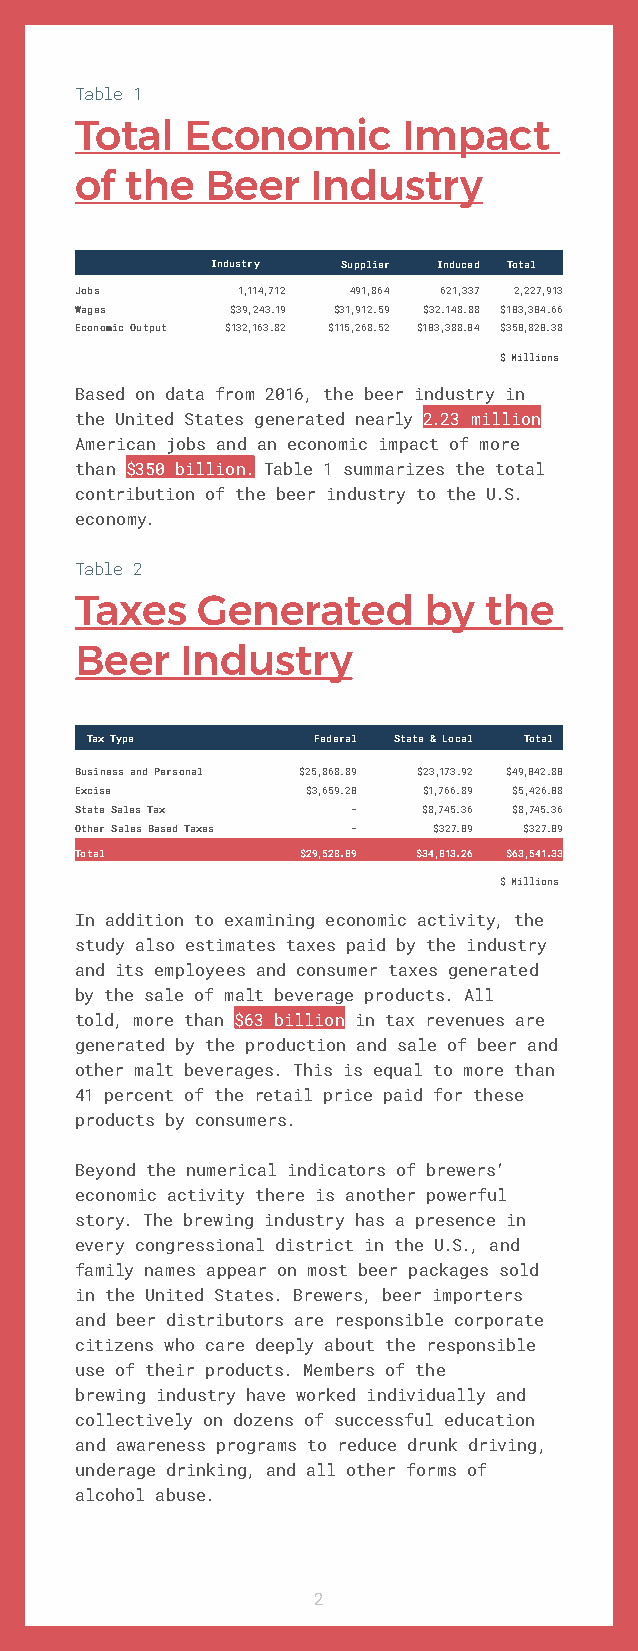
Table 1
 Total  Economic       Impact
 of the   Beer   Industry
 Industry Supplier Induced Total
 Jobs       1,114,712 491,864 621,337 2,227,913
 Wages     $39,243.19 $31,912.59 $32.148.88 $103,304.66
 Economic Output $132,163.82 $115,268.52 $103,388.04 $350,820.38
 $ Millions
 Based on data from 2016, the beer industry in
 the United States generated nearly 2.23 million
 American jobs and an economic impact of more
 than $350 billion. Table 1 summarizes the total
 contribution of the beer industry to the U.S.
 economy.
 Table 2
 Taxes   Generated      by  the
 Beer   Industry
 Tax Type       Federal State & Local Total
 Business and Personal $25,868.89 $23,173.92 $49,042.80
 Excise         $3,659.20 $1,766.89 $5,426.08
 State Sales Tax   -    $8,745.36 $8,745.36
 Other Sales Based Taxes - $327.09 $327.09
 Total          $29,528.09 $34,013.26 $63,541.33
 $ Millions
 In addition to examining economic activity, the
 study also estimates taxes paid by the industry
 and its employees and consumer taxes generated
 by the sale of malt beverage products. All
 told, more than $63 billion in tax revenues are
 generated by the production and sale of beer and
 other malt beverages. This is equal to more than
 41 percent of the retail price paid for these
 products by consumers.
 Beyond the numerical indicators of brewers’
 economic activity there is another powerful
 story. The brewing industry has a presence in
 every congressional district in the U.S., and
 family names appear on most beer packages sold
 in the United States. Brewers, beer importers
 and beer distributors are responsible corporate
 citizens who care deeply about the responsible
 use of their products. Members of the
 brewing industry have worked individually and
 collectively on dozens of successful education
 and awareness programs to reduce drunk driving,
 underage drinking, and all other forms of
 alcohol abuse.
 2